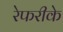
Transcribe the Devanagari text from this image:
रेफरीके